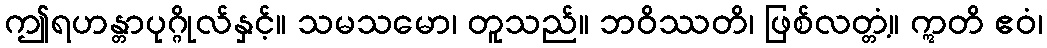
ဤရဟန္တာပုဂ္ဂိုလ်နှင့်။ သမသမော၊ တူသည်။ ဘဝိဿတိ၊ ဖြစ်လတ္တံ့။ ဣတိ ဧဝံ၊